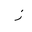
Letter: _zay